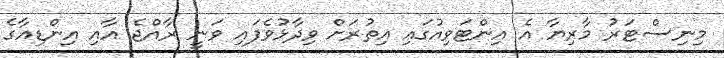
މިނިސްޓަރު މާރިޔާ އެ އިންޓަވިއުގައި އިތުރަށް ވިދާޅުވެފައި ވަނީ ރާއްޖެ އާއި އިންޑިއާގެ